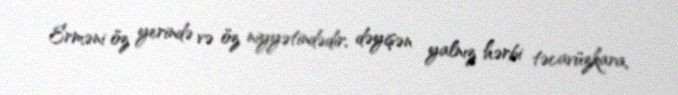
Erməni öz yerində və öz niyyətindədir, dəyişən yalnız hərbi təcavüzkara,